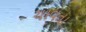
ચાવતા